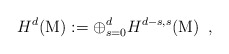
\begin{align*}{H^d}(\mbox{M}):={\displaystyle {\displaystyle \oplus^{d}_{s=0}}}{H^{d-s,s}}({\mbox{M}})\,\,\,,\end{align*}